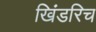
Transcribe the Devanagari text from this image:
खिंडरिच